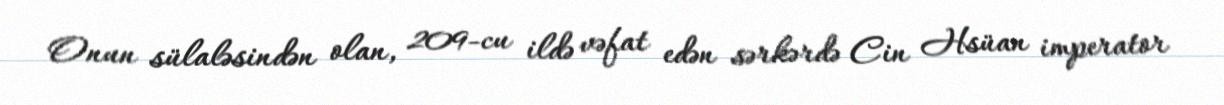
Onun sülaləsindən olan, 209-cu ildə vəfat edən sərkərdə Cin Hsüan imperator